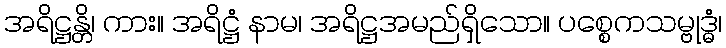
အရိဋ္ဌန္တိ၊ ကား။ အရိဋ္ဌံ နာမ၊ အရိဋ္ဌအမည်ရှိသော။ ပစ္စေကသမ္ဗုဒ္ဓံ၊